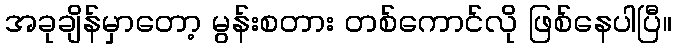
အခုချိန်မှာတော့ မွန်းစတား တစ်ကောင်လို ဖြစ်နေပါပြီ။